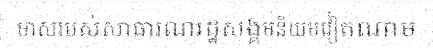
មាសរបស់សាធារណរដ្ឋសង្គមនិយមវៀតណាម